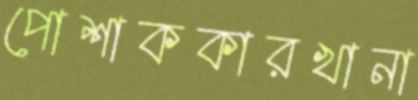
পোশাককারখানা